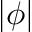
| \phi |